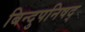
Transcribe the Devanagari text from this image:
बिन्दुपनिषद्